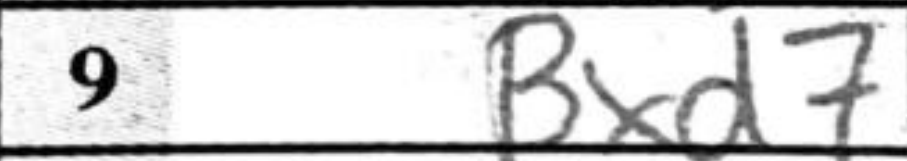
Transcription: Bxd7